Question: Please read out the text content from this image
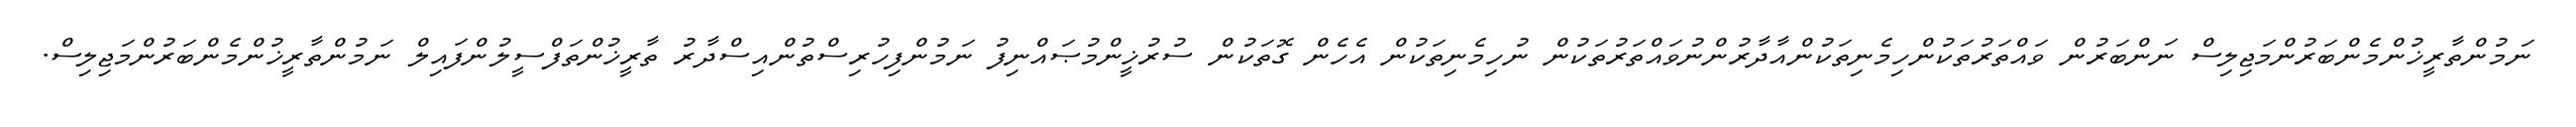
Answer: ނަމުންތާރީޚުންމެންބަރުންމަޖިލިސް ނަންބަރުން ވައްތަރުތަކުންހިމެނިތަކުންއާދާރުންނުވައްތަރުތަކުން ނުހިމެނިތަކުން އެހެން ގޮތަކުން ސުރުޚީންމުޞައްނިފު ނަމުންފިހުރިސްތުންއިސްދާރު ތާރީޚުންތަފްސީލުންފައިލް ނަމުންތާރީޚުންމެންބަރުންމަޖިލިސް.